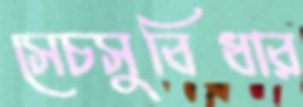
সেচসুবিধার